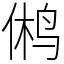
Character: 鸺